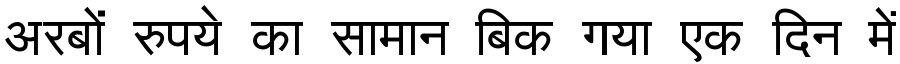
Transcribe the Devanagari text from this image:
अरबों रुपये का सामान बिक गया एक दिन में